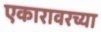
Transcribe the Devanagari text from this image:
एकारावरच्या